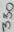
Text: 330